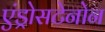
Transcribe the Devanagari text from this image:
एंड्रोसटेनोन